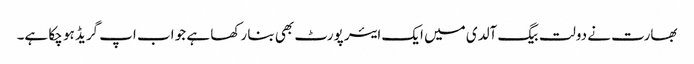
بھارت نے دولت بیگ آلدی میں ایک ایئر پورٹ بھی بنا رکھا ہے جو اب اپ گریڈ ہو چکا ہے۔